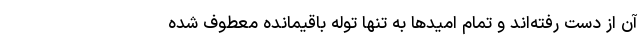
آن از دست رفته‌اند و تمام امیدها به تنها توله باقیمانده معطوف شده